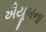
ઐયૂબના